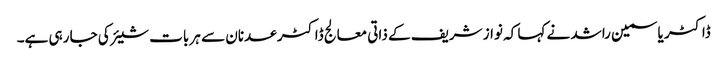
ڈاکٹر یاسمین راشد نے کہا کہ نواز شریف کے ذاتی معالج ڈاکٹر عدنان سے ہر بات شیئر کی جا رہی ہے۔